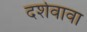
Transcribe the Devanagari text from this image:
दर्शवावा